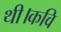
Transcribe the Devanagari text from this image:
थी।कवि